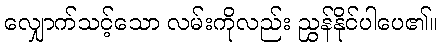
လျှောက်သင့်သော လမ်းကိုလည်း ညွှန်နိုင်ပါပေ၏။